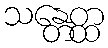
သန္တေတ္ထ